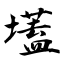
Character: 壒